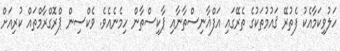
ހަލުވިކަމާއެކު ފެތުރޭ ޤައުމުތަކުގެ ތެރޭގައި އަފްޣާނިސްތާނާއި ޕާކިސްތާން ހިމެނެއެވެ. ވެކްސިން ޕްރޮގްރާމްތައް ކުރިއަށް